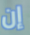
إن